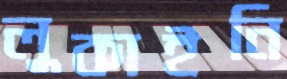
লুকাইনি